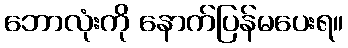
ဘောလုံးကို နောက်ပြန်မပေးရ။